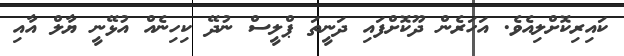
ކައިރިކޮށްލިއެވެ. އަހަރެން ދޫކޮށްފައި ދަނީތަ ޕްލީސް ނުދޭ ކިހިނެއް އުޅޭނީ ޔާލް އާއި